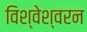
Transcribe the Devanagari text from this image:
विश्वेश्वरन